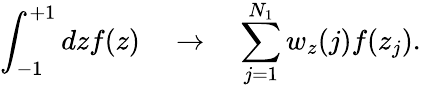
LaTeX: \int_{-1}^{+1}dzf(z)\quad\rightarrow\quad\sum_{j=1}^{N_{1}}w_{z}(j)f(z_{j}).